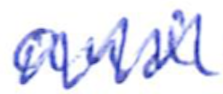
Text: and
Cross-out: zig-zag
Writing tool: ballpoint